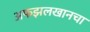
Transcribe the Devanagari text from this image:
अफझलखानचा